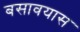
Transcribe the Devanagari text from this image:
बसावयास